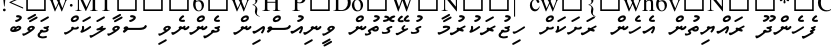
ފެހެންދޫ ރައްޔިތުން އެހެން ރަށަކަށް ހިޖުރަކުރުމާ ގުޅޭގޮތުން ވީނިއުސްއިން ދެންނެވި ސުވާލަކަށް ޖަވާބު